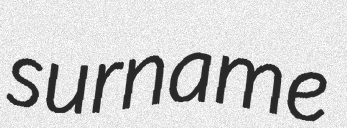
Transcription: surname